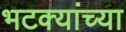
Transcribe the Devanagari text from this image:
भटक्यांच्या